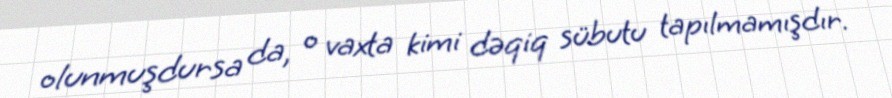
olunmuşdursa da, o vaxta kimi dəqiq sübutu tapılmamışdır.